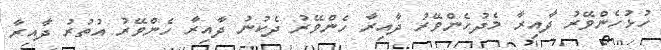
ހުޅުހެންވޭރު ދާއިރާ މެދުހެންވޭރު ދާއިރާ ހެންވޭރު ދެކުނު ދާއިރާ ހެންވޭރު އުތުރު ދާއިރާ